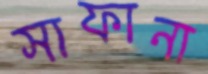
সাফানা